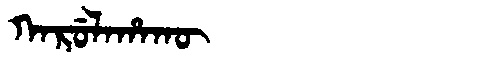
Manchu: ᡴᠠᡵᡠᠯᠠᡥᠠᡴᡡ
Romanization: KARULAHAKŪ